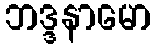
ဘဒ္ဒနာမော